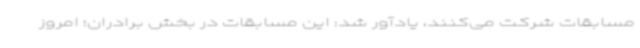
مسابقات شرکت می‌کنند، یادآور شد: این مسابقات در بخش برادران؛ امروز